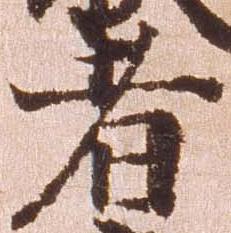
者